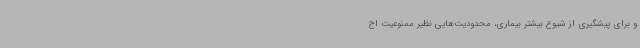
و برای پیشگیری از شیوع بیشتر بیماری، محدودیت‌هایی نظیر ممنوعیت اج